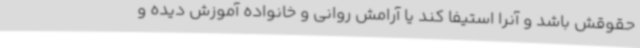
حقوقش باشد و آنرا استیفا کند یا آرامش روانی و خانواده آموزش دیده و